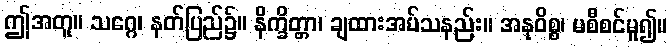
ဤအတူ။ သဂ္ဂေ၊ နတ်ပြည်၌။ နိက္ခိတ္တာ၊ ချထားအပ်သနည်း။ အနုဝိစ္စ၊ မစီစင်မူ၍။